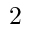
2